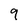
Character: 9